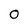
Character: 0